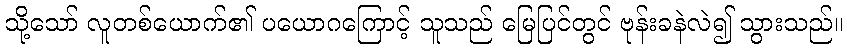
သို့သော် လူတစ်ယောက်၏ ပယောဂကြောင့် သူသည် မြေပြင်တွင် ဗုန်းခနဲလဲ၍ သွားသည်။